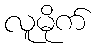
လူမိုက်